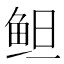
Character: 𱇞